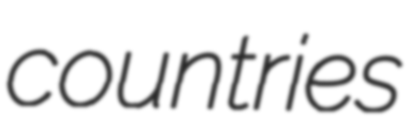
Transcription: countries